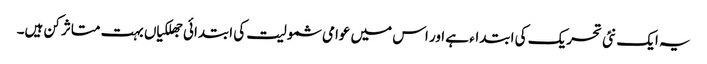
یہ ایک نئی تحریک کی ابتداء ہے اور اس میں عوامی شمولیت کی ابتدائی جھلکیاں بہت متاثر کن ہیں۔